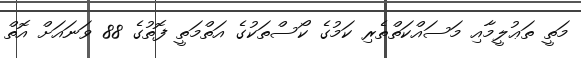
މަތީ ތަޢުލީމާއި މަސައްކަތްތެރި ކަމުގެ ކޯސްތަކުގެ އަތްމަތީ ފޮތުގެ 88 ވަނައަށް އޮތް